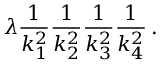
\lambda { \frac { 1 } { k _ { 1 } ^ { 2 } } } { \frac { 1 } { k _ { 2 } ^ { 2 } } } { \frac { 1 } { k _ { 3 } ^ { 2 } } } { \frac { 1 } { k _ { 4 } ^ { 2 } } } \, .